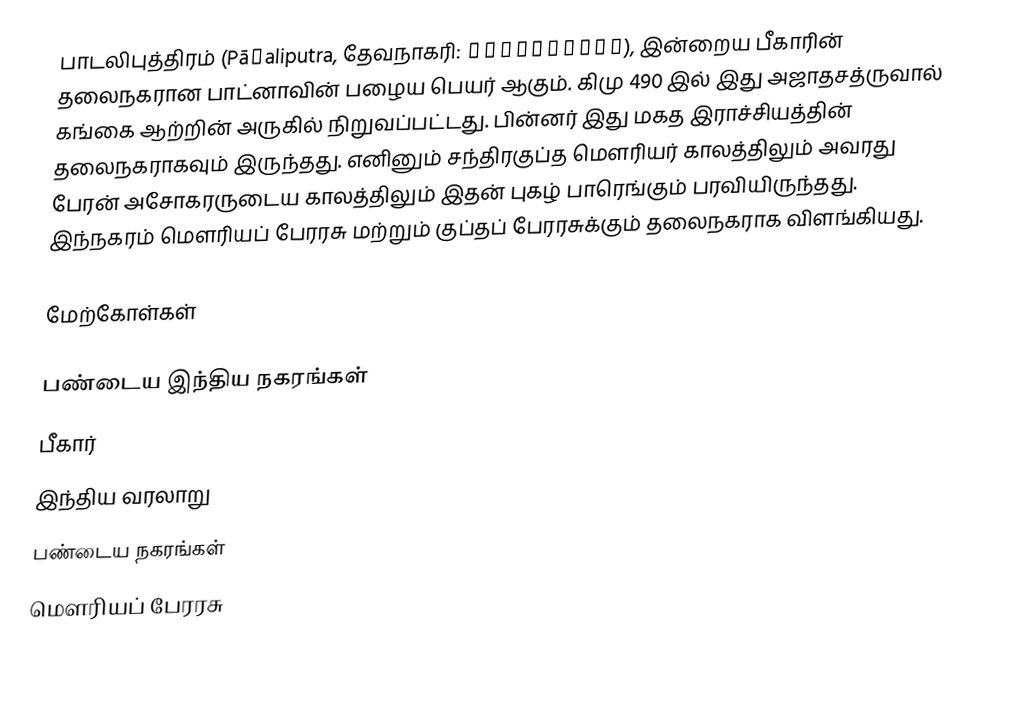
பாடலிபுத்திரம் (Pāṭaliputra, தேவநாகரி: पाटलिपुत्र), இன்றைய பீகாரின் தலைநகரான பாட்னாவின் பழைய பெயர் ஆகும். கிமு 490 இல் இது அஜாதசத்ருவால் கங்கை ஆற்றின் அருகில் நிறுவப்பட்டது. பின்னர் இது மகத இராச்சியத்தின் தலைநகராகவும் இருந்தது. எனினும் சந்திரகுப்த மௌரியர் காலத்திலும் அவரது பேரன் அசோகரருடைய காலத்திலும் இதன் புகழ் பாரெங்கும் பரவியிருந்தது. இந்நகரம் மௌரியப் பேரரசு மற்றும் குப்தப் பேரரசுக்கும் தலைநகராக விளங்கியது.

மேற்கோள்கள்

பண்டைய இந்திய நகரங்கள்
பீகார்
இந்திய வரலாறு
பண்டைய நகரங்கள்
மௌரியப் பேரரசு